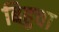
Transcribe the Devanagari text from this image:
बिहुचा